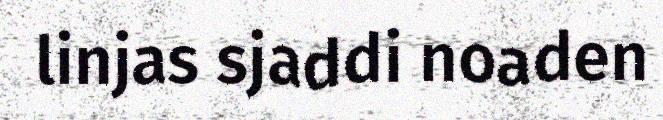
linjas sjaddi noaden